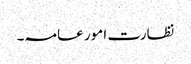
نظارت امور عامہ۔